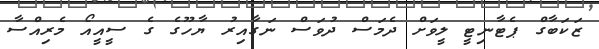
ޒަކަބާގް ޕެޓާނިޓީ ލީވަށް ދެމަސް ދުވަސް ނަގާއިރު ޔާހޫގެ ގެ ސީއީއޯ މެރިއްސާ